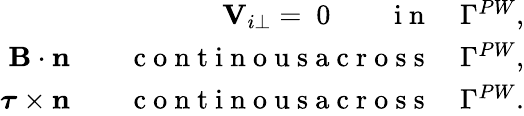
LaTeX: \begin{array}{r}{{\mathbf V}_{i\perp}=~0\qquad\mathrm{~i~n~}\quad\Gamma^{PW},}\\ {{\mathbf B}\cdot\mathbf{n}\qquad\mathrm{~c~o~n~t~i~n~o~u~s~a~c~r~o~s~s~}\quad\Gamma^{PW},}\\ {\boldsymbol{\tau}\times\mathbf{n}\qquad\mathrm{~c~o~n~t~i~n~o~u~s~a~c~r~o~s~s~}\quad\Gamma^{PW}.}\end{array}